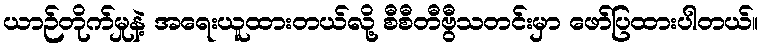
ယာဉ်တိုက်မှုနဲ့ အရေးယူထားတယ်လို့ စီစီတီဗွီသတင်းမှာ ဖော်ပြထားပါတယ်။